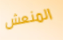
المنعش